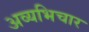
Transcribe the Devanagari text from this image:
अव्यभिचार